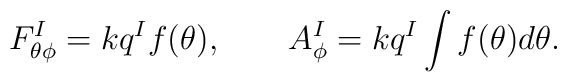
F_{\theta \phi }^{I}=kq^{I}f(\theta ),\qquad A_{\phi }^{I}=kq^{I}\intf(\theta )d\theta .